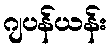
ဂျပန်ယန်း